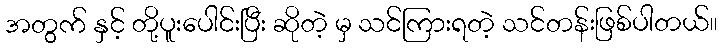
အတွက် နှင့် တို့ပူးပေါင်းပြီး ဆိုတဲ့ မှ သင်ကြားရတဲ့ သင်တန်းဖြစ်ပါတယ်။